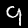
Label: 9